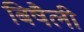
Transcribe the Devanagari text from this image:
बिषैली